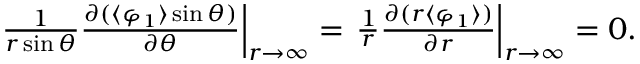
\begin{array} { r } { \left. \frac { 1 } { r \sin \theta } \frac { \partial ( \langle \varphi _ { 1 } \rangle \sin \theta ) } { \partial \theta } \right| _ { r \to \infty } = \left. \frac { 1 } { r } \frac { \partial ( r \langle \varphi _ { 1 } \rangle ) } { \partial r } \right| _ { r \to \infty } = 0 . } \end{array}